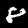
Label: 8